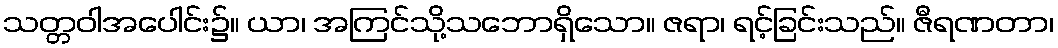
သတ္တဝါအပေါင်း၌။ ယာ၊ အကြင်သို့သဘောရှိသော။ ဇရာ၊ ရင့်ခြင်းသည်။ ဇီရဏတာ၊